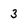
Character: 3